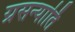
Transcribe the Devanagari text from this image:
ग्रसन्यार्ति